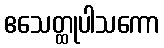
ဧသေတ္ထုပါသကော